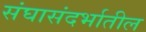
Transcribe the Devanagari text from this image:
संघासंदर्भातील